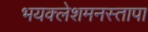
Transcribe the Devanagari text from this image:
भयक्लेशमनस्तापा